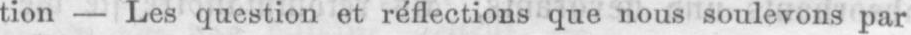
tion - Les question et réflections que nous soulevons par